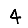
Digit: 4